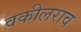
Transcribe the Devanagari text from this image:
वकीलराव